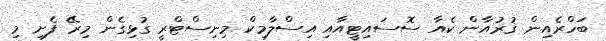
ބަހްރެއިން ޤުރުއާން ކެއާ ސޮސައިޓީއާއި އިސްލާމިކް މިނިސްޓްރީ ގުޅިގެން މިރޭ ފެށި މި